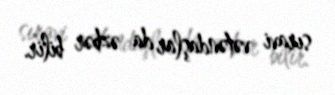
sıravi vətəndaşlar da əzbər bilir.